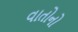
વાતોનો